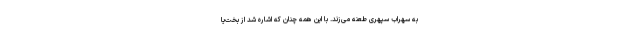
به سهراب سپهری طعنه می‌زند. با این همه چنان که اشاره شد از بخت‌یا